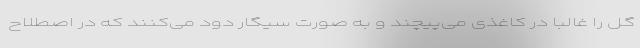
گل را غالبا در کاغذی می‌پیچند و به صورت سیگار دود می‌کنند که در اصطلاح